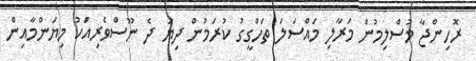
ރޮހިންޖާ މުސްލިމުން މަރާލި މައްސަލަ ތަހްގީގު ކުރަމުން ދިޔަ ދެ ނޫސްވެރިއަކު މިޔަންމާއިން